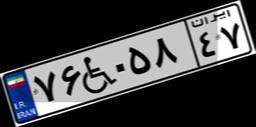
۷۶W۰۵۸۴۷